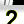
Digit: 2